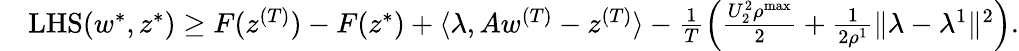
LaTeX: \begin{array}{rl}&{\mathrm{LHS}(w^{*},z^{*})\geq F(z^{(T)})-F(z^{*})+\langle\lambda,Aw^{(T)}-z^{(T)}\rangle-\frac{1}{T}\Big(\frac{U_{2}^{2}\rho^{\mathrm{max}}}{2}+\frac{1}{2\rho^{1}}\| \lambda-\lambda^{1}\| ^{2}\Big).}\end{array}